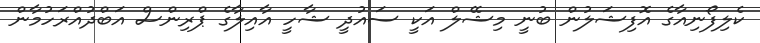
ކެލިފޯނިއާގެ އޮފިޝަލުން ބުނީ މިޝޭލް އަކީ ސައުދީ ޝާހީ އާއިލާގެ ޕްރިންސް އަބްދުއްރަހުމާން